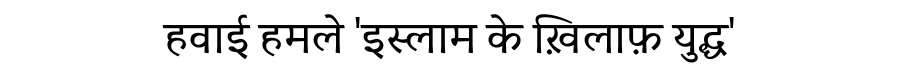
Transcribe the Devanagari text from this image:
हवाई हमले 'इस्लाम के ख़िलाफ़ युद्ध'